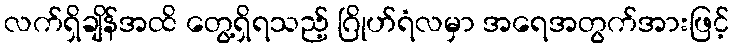
လက်ရှိချိန်အထိ တွေ့ရှိရသည့် ဂြိုဟ်ရံလမှာ အရေအတွက်အားဖြင့်